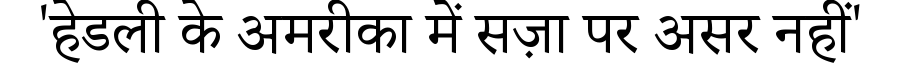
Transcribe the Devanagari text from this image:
'हेडली के अमरीका में सज़ा पर असर नहीं'